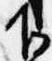
下